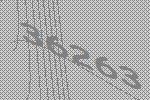
36263